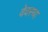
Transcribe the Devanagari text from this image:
वेवस्था